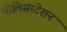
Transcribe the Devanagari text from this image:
पोलिसस्टेशन